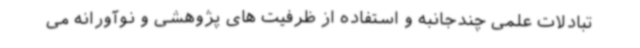
تبادلات علمی چندجانبه و استفاده از ظرفیت های پژوهشی و نوآورانه می